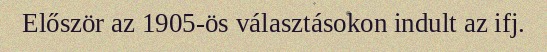
Először az 1905-ös választásokon indult az ifj.